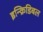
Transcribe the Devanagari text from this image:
इन्क्रिडिबल